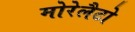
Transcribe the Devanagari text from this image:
मोरेलैटो